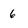
Character: 6